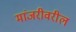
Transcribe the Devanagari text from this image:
मांजरीवरील